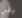
بقي